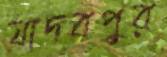
যাদবপুর